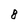
Character: 8